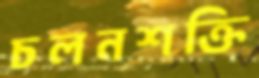
চলনশক্তি